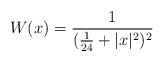
\begin{align*}W(x)=\frac{1}{(\frac{1}{24}+|x|^2)^2}\end{align*}